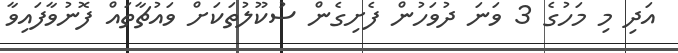
އަދި މި މަހުގެ 3 ވަނަ ދުވަހުން ފެށިގެން ސުކޫލުތަކަށް ވައުޗާތައް ފޮނުވާފައިވާ